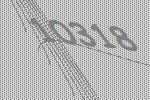
10318